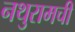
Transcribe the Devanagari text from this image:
नथुरामची